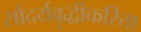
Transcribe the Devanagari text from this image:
सौंदर्यवॄद्धीकरिता